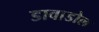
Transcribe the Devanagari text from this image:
डावाडोल